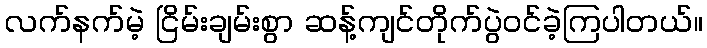
လက်နက်မဲ့ ငြိမ်းချမ်းစွာ ဆန့်ကျင်တိုက်ပွဲဝင်ခဲ့ကြပါတယ်။